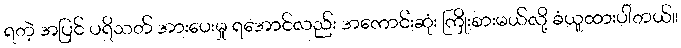
ရတဲ့ အပြင် ပရိသတ် အားပေးမှု ရအောင်လည်း အကောင်းဆုံး ကြိုးစားမယ်လို့ ခံယူထားပါတယ်။